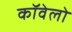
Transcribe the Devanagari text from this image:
कॉवेलो